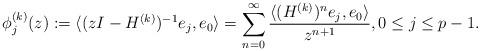
LaTeX: \begin{align*}\phi_{j}^{(k)}(z):=\langle(zI-H^{(k)})^{-1}e_{j},e_{0}\rangle=\sum_{n=0}^{\infty}\frac{\langle (H^{(k)})^{n}e_{j},e_{0}\rangle}{z^{n+1}},0\leq j\leq p-1.\end{align*}